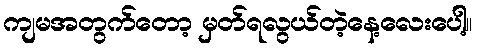
ကျမအတွက်တော့ မှတ်ရလွယ်တဲ့နေ့လေးပေါ့။